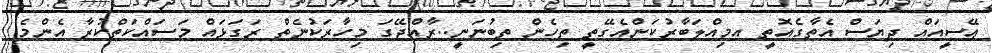
ޢޭސީއައް ދިޔަސް އެތާގެއޮތީ އމިއްލަބާރުކަންއެގޭތީ ތިހެން ތިބުނަނީ..ރާއްޖޭގަ މިހާރަކުނެތް ރަގަޅައް މަސައްކަތްކުރާ އެންމެ